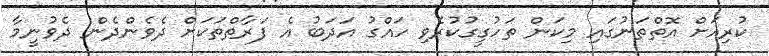
ކުރިއަށް އޮތްތަނުގައި މިކަން ތަހުގީގުކުރެވި ހައްގު އަދަބު އެ ފަރާތްތަކަށް ދެވެންދެން ދެވުނީމާ